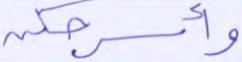
وأسرحكن